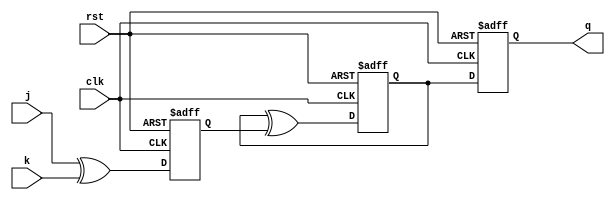
module t_flip_flop (
    input wire clk, // Clock input
    input wire rst, // Reset input
    input wire j, // J input
    input wire k, // K input
    output reg q // Output
);

reg t_ff; // T flip-flop
reg jk_xor; // XOR gate output

always @(posedge clk or posedge rst) begin
    if (rst) begin
        t_ff <= 1'b0;
        jk_xor <= 1'b0;
        q <= 1'b0;
    end else begin
        // XOR gate to determine new input for T flip-flop
        jk_xor <= j ^ k;
        
        // T flip-flop behavior
        t_ff <= t_ff ^ jk_xor;
        
        // Toggle output every clock cycle
        q <= t_ff;
    end
end

endmodule